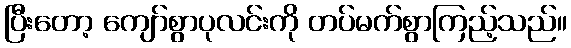
ပြီးတော့ ကျော်စွာပုလင်းကို တပ်မက်စွာကြည့်သည်။